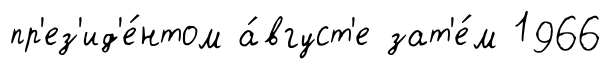
пр'ез'ид'е́нтом а́вгуст'е зат'е́м 1966